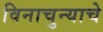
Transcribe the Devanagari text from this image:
विनाचुन्याचे